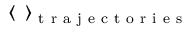
\langle \, \, \, \rangle _ { \mathrm { ~ t ~ r ~ a ~ j ~ e ~ c ~ t ~ o ~ r ~ i ~ e ~ s ~ } }